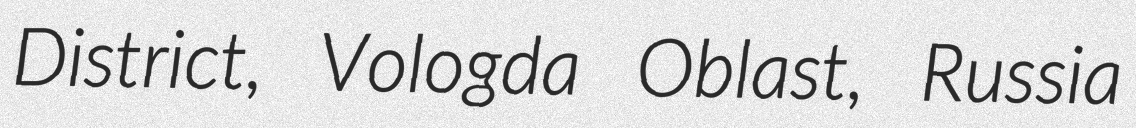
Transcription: District, Vologda Oblast, Russia